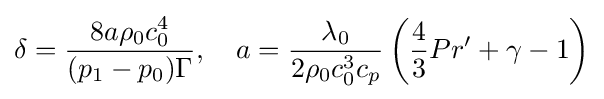
\delta ={\frac {8a\rho _{0}c_{0}^{4}}{(p_{1}-p_{0})\Gamma }},\quad a={\frac {\lambda _{0}}{2\rho _{0}c_{0}^{3}c_{p}}}\left({\frac {4}{3}}Pr'+\gamma -1\right)